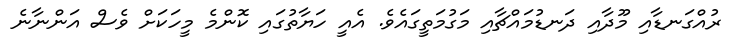
ރުއްގަނޑާއި މޫދާއި ދަނޑުމައްޗާއި މަގުމަތީގައެވެ. އެއީ ހަޔާތުގައި ކޮންމެ މީހަކަށް ވެސް އަންނާނެ